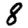
Digit: 8